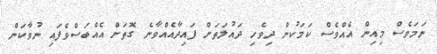
ނަމަވެސް މިއިން އެއްވެސް ކަމަކުން ދިވެހި ދައުލަތަށް ފައިދާއެއްވާނެ ގޮތަށް އެއްބަސްވެފައި ނުވާކަން